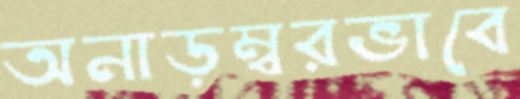
অনাড়ম্বরভাবে